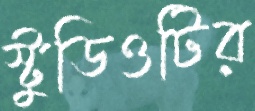
স্টুডিওটির